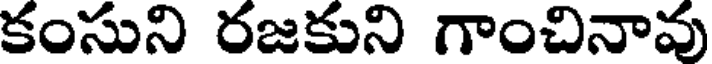
కంసుని రజకుని గాంచినావు